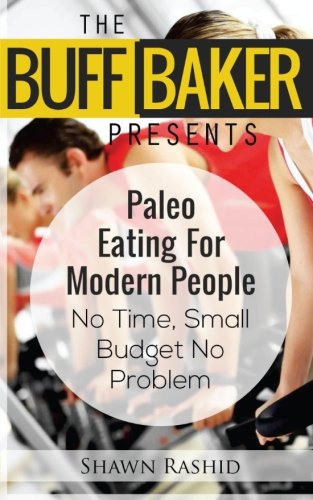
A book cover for THE BUFF BAKER PRESENTS  Paleo Eating for Modern People: No Time, Small Budget No Problem (The Buff Baker Health & Fitness Series); Shawn Rashid; Health, Fitness & Dieting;